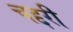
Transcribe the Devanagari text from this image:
चद्दरी